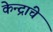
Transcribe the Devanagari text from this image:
केन्द्रांचे